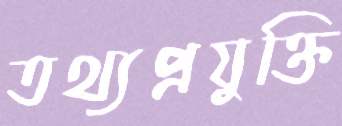
তথ্যপ্রযুক্তি